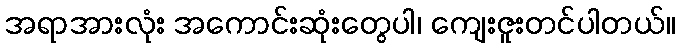
အရာအားလုံး အကောင်းဆုံးတွေပါ၊ ကျေးဇူးတင်ပါတယ်။